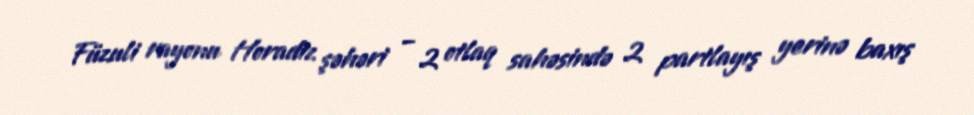
Füzuli rayonu Horadiz şəhəri – 2 otlaq sahəsində 2 partlayış yerinə baxış